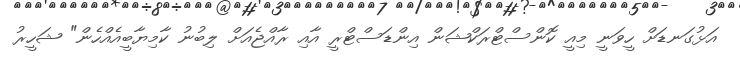
އަޅުގަނޑަށް ހީވަނީ މިއީ ކޮންސްޓްރަކްޝަން އިންޑަސްޓްރީ އާއި ރާއްޖެއަށް ލިބުނު ކާމިޔާބީއެއްހެން" ޝަހީރު